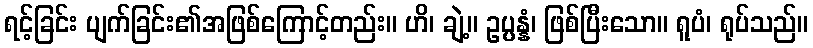
ရင့်ခြင်း ပျက်ခြင်း၏အဖြစ်ကြောင့်တည်း။ ဟိ၊ ချဲ့။ ဥပ္ပန္နံ၊ ဖြစ်ပြီးသော။ ရူပံ၊ ရုပ်သည်။